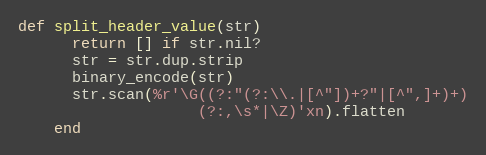
Language: Ruby
def split_header_value(str)
      return [] if str.nil?
      str = str.dup.strip
      binary_encode(str)
      str.scan(%r'\G((?:"(?:\\.|[^"])+?"|[^",]+)+)
                    (?:,\s*|\Z)'xn).flatten
    end